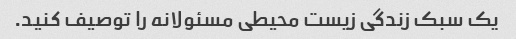
یک سبک زندگی زیست محیطی مسئولانه را توصیف کنید.